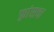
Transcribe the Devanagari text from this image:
फ़्रांसचा